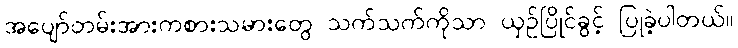
အပျော်တမ်းအားကစားသမားတွေ သက်သက်ကိုသာ ယှဉ်ပြိုင်ခွင့် ပြုခဲ့ပါတယ်။